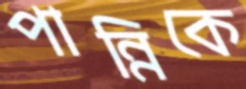
পান্নিকে